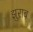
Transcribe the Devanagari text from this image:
झुराब